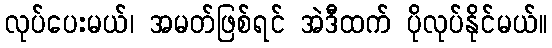
လုပ်ပေးမယ်၊ အမတ်ဖြစ်ရင် အဲဒီထက် ပိုလုပ်နိုင်မယ်။